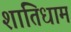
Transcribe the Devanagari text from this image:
शांतिधाम